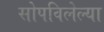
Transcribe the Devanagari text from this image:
सोपविलेल्या